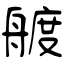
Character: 艔